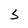
Character: S